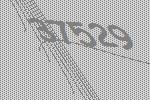
37529